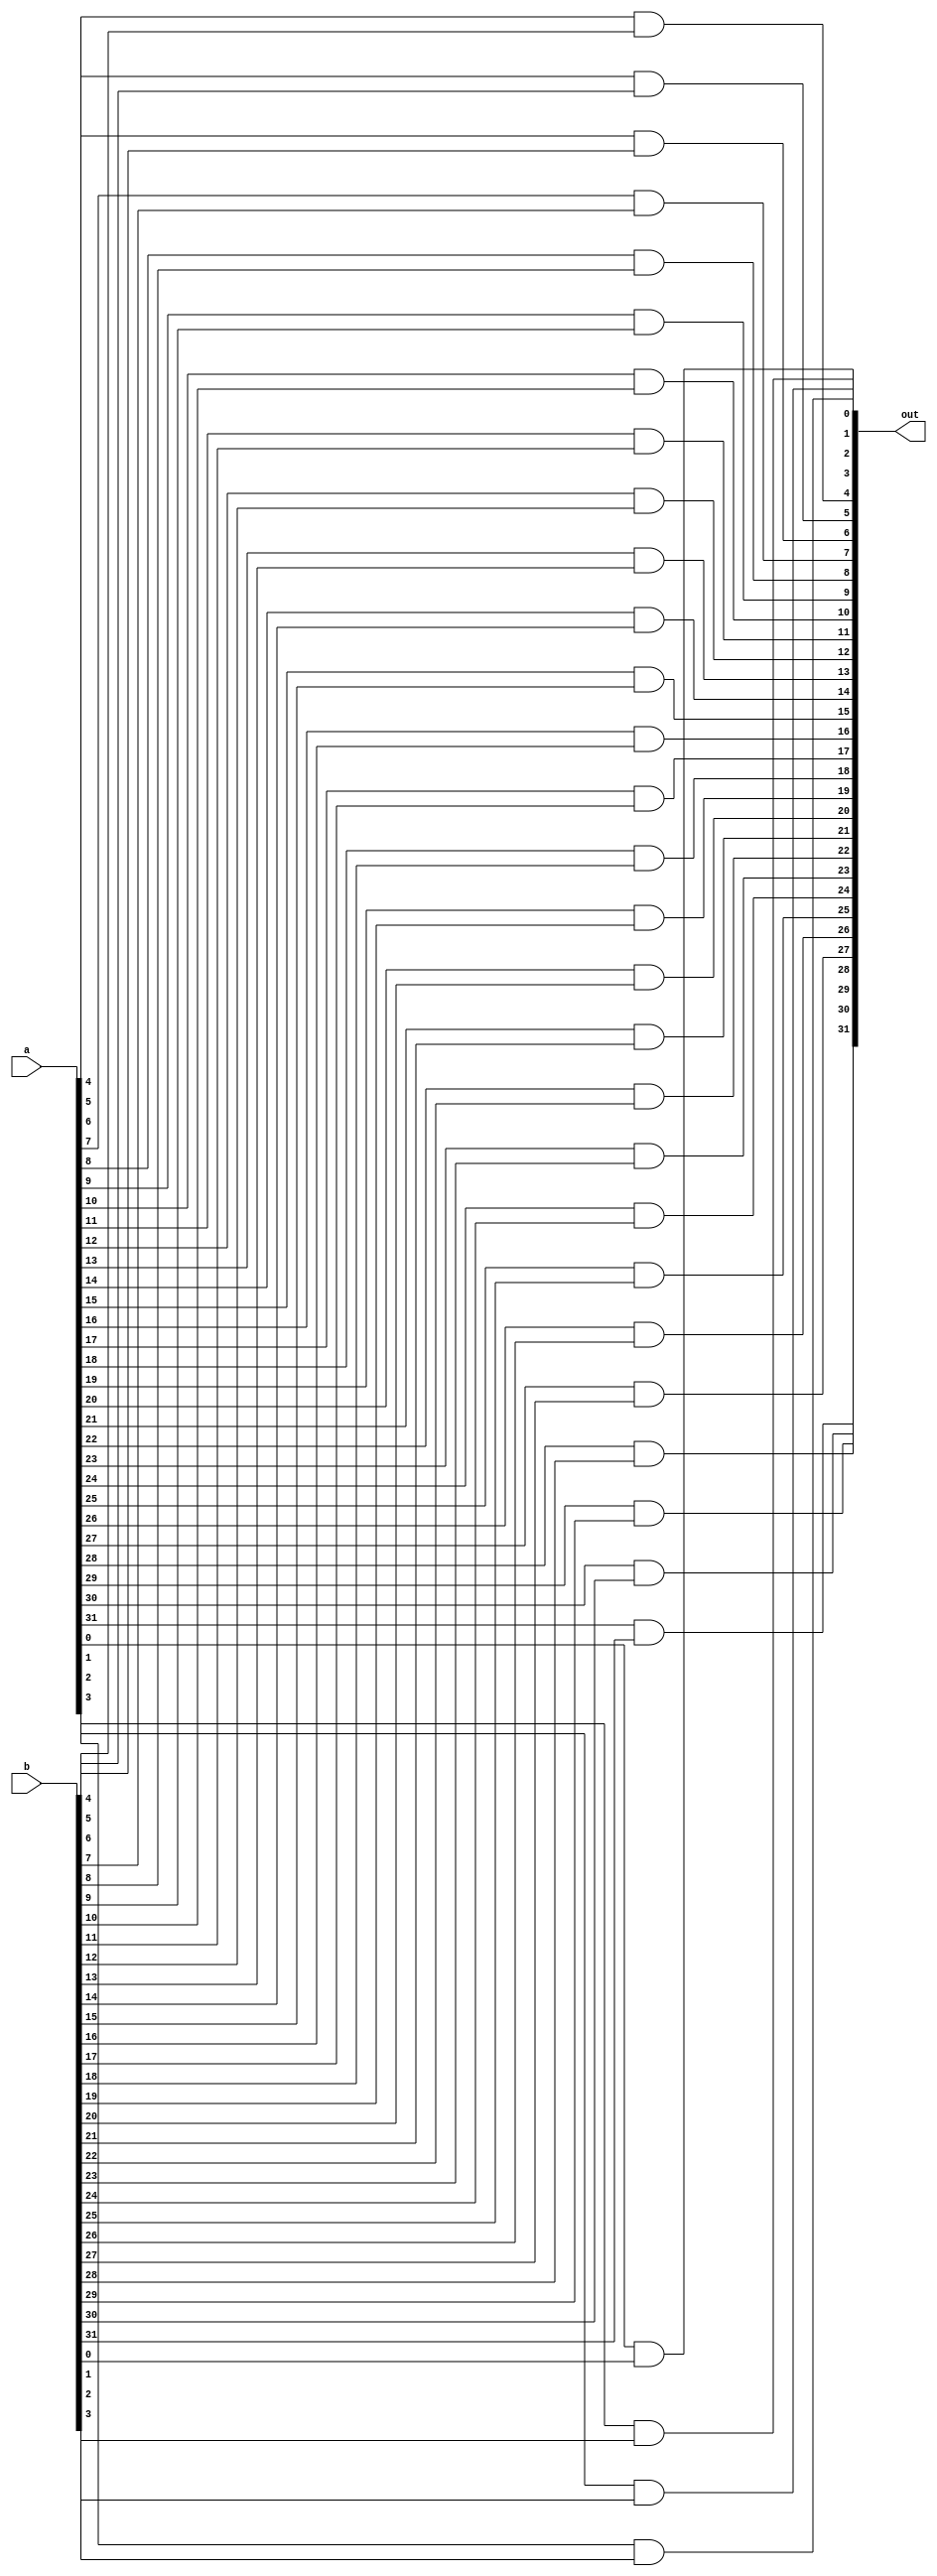
module and32(
				input  [31:0] a,
				input  [31:0] b,
				output [31:0] out);

	and and1( out[0]  , a[0]  , b[0]);
	and and2( out[1]  , a[1]  , b[1]);
	and and3( out[2]  , a[2]  , b[2]);
	and and4( out[3]  , a[3]  , b[3]);
	and and5( out[4]  , a[4]  , b[4]);
	and and6( out[5]  , a[5]  , b[5]);
	and and7( out[6]  , a[6]  , b[6]);
	and and8( out[7]  , a[7]  , b[7]);
	and and9( out[8]  , a[8]  , b[8]);
	and and10(out[9]  , a[9]  , b[9]);
	and and11(out[10] , a[10] , b[10]);
	and and12(out[11] , a[11] , b[11]);
	and and13(out[12] , a[12] , b[12]);
	and and14(out[13] , a[13] , b[13]);
	and and15(out[14] , a[14] , b[14]);
	and and16(out[15] , a[15] , b[15]);
	and and17(out[16] , a[16] , b[16]);
	and and18(out[17] , a[17] , b[17]);
	and and19(out[18] , a[18] , b[18]);
	and and20(out[19] , a[19] , b[19]);
	and and21(out[20] , a[20] , b[20]);
	and and22(out[21] , a[21] , b[21]);
	and and23(out[22] , a[22] , b[22]);
	and and24(out[23] , a[23] , b[23]);
	and and25(out[24] , a[24] , b[24]);
	and and26(out[25] , a[25] , b[25]);
	and and27(out[26] , a[26] , b[26]);
	and and28(out[27] , a[27] , b[27]);
	and and29(out[28] , a[28] , b[28]);
	and and30(out[29] , a[29] , b[29]);
	and and31(out[30] , a[30] , b[30]);
	and and32(out[31] , a[31] , b[31]);
endmodule